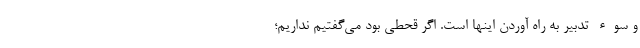
و سوء تدبیر به راه آوردن اینها است. اگر قحطی بود می‌گفتیم نداریم؛